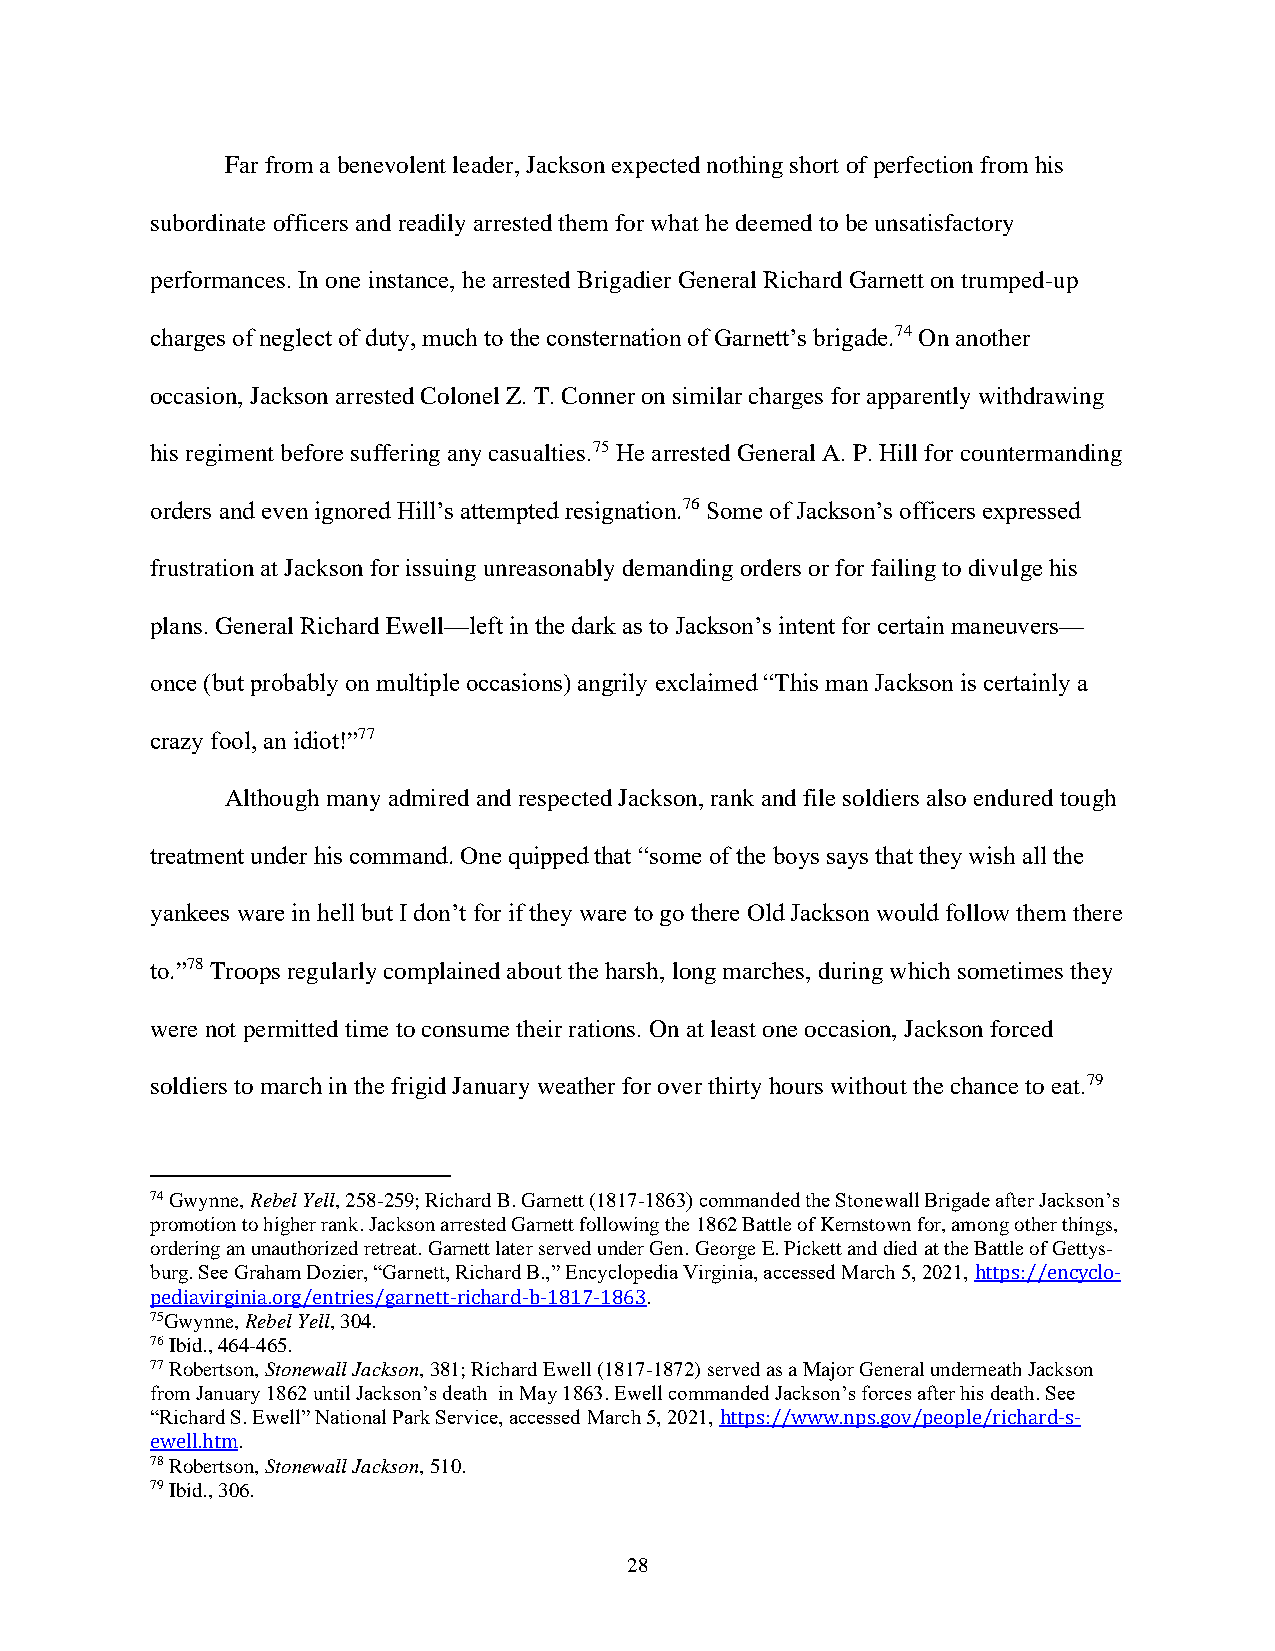
Far from a benevolent leader, Jackson expected nothing short of perfection from his
 subordinate officers and readily arrested them for what he deemed to be unsatisfactory
 performances. In one instance, he arrested Brigadier General Richard Garnett on trumped-up
 charges of neglect of duty, much to the consternation of Garnett’s brigade.74 On another
 occasion, Jackson arrested Colonel Z. T. Conner on similar charges for apparently withdrawing
 his regiment before suffering any casualties.75 He arrested General A. P. Hill for countermanding
 orders and even ignored Hill’s attempted resignation.76 Some of Jackson’s officers expressed
 frustration at Jackson for issuing unreasonably demanding orders or for failing to divulge his
 plans. General Richard Ewell—left in the dark as to Jackson’s intent for certain maneuvers—
 once (but probably on multiple occasions) angrily exclaimed “This man Jackson is certainly a
 crazy fool, an idiot!”77
 Although many admired and respected Jackson, rank and file soldiers also endured tough
 treatment under his command. One quipped that “some of the boys says that they wish all the
 yankees ware in hell but I don’t for if they ware to go there Old Jackson would follow them there
 to.”78 Troops regularly complained about the harsh, long marches, during which sometimes they
 were not permitted time to consume their rations. On at least one occasion, Jackson forced
 soldiers to march in the frigid January weather for over thirty hours without the chance to eat.79
 74 Gwynne, Rebel Yell, 258-259; Richard B. Garnett (1817-1863) commanded the Stonewall Brigade after Jackson’s
 promotion to higher rank. Jackson arrested Garnett following the 1862 Battle of Kernstown for, among other things,
 ordering an unauthorized retreat. Garnett later served under Gen. George E. Pickett and died at the Battle of Gettys-
 burg. See Graham Dozier, “Garnett, Richard B.,” Encyclopedia Virginia, accessed March 5, 2021, https://encyclo-
 pediavirginia.org/entries/garnett-richard-b-1817-1863.
 75Gwynne, Rebel Yell, 304.
 76 Ibid., 464-465.
 77 Robertson, Stonewall Jackson, 381; Richard Ewell (1817-1872) served as a Major General underneath Jackson
 from January 1862 until Jackson’s death in May 1863. Ewell commanded Jackson’s forces after his death. See
 “Richard S. Ewell” National Park Service, accessed March 5, 2021, https://www.nps.gov/people/richard-s-
 ewell.htm.
 78 Robertson, Stonewall Jackson, 510.
 79 Ibid., 306.
 28